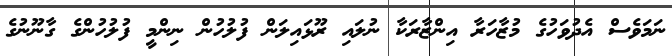
ނަމަވެސް އެދުވަހުގެ މުޒާހަރާ އިންޒާރަކާ ނުލައި ރޫޅައިލަން ފުލުހުން ނިންމީ ފުލުހުންގެ ގާނޫނުގެ